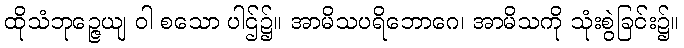
ထိုသံဘုဉ္ဇေယျ ဝါ စသော ပါဌ်၌။ အာမိသပရိဘောဂေ၊ အာမိသကို သုံးစွဲခြင်း၌။